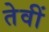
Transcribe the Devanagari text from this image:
तेवीं